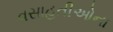
વસાહતીઓના